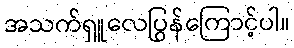
အသက်ရှူလေပြွန်ကြောင့်ပါ။